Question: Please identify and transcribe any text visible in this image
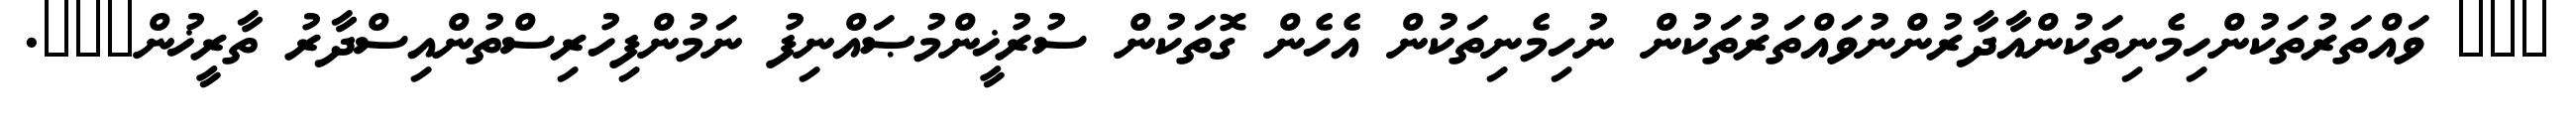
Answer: ??? ވައްތަރުތަކުންހިމެނިތަކުންއާދާރުންނުވައްތަރުތަކުން ނުހިމެނިތަކުން އެހެން ގޮތަކުން ސުރުޚީންމުޞައްނިފު ނަމުންފިހުރިސްތުންއިސްދާރު ތާރީޚުން???.